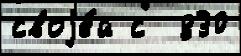
своjе́й с  830